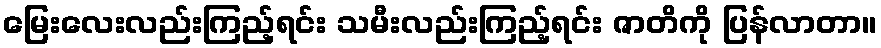
မြေးလေးလည်းကြည့်ရင်း သမီးလည်းကြည့်ရင်း ဇာတိကို ပြန်လာတာ။